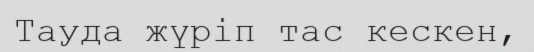
Тауда жүріп тас кескен,